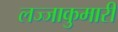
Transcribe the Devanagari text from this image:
लज्जाकुमारी